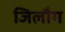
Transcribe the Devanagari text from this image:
जिलौग